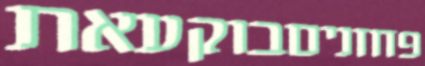
פחזניםבוקעאת